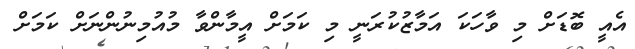
އެއީ ބޮޑަށް މި ވާހަކަ އަމާޒުކުރަނީ މި ކަމަށް އީމާންވާ މުއުމިނުންނަށް ކަމަށް